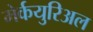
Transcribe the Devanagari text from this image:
मेर्कयुरिअल